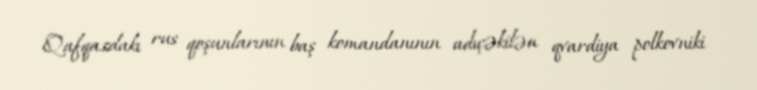
Qafqazdakı rus qoşunlarının baş komandanının adıçəkilən qvardiya polkovniki